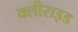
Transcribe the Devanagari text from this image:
क्लीराइड